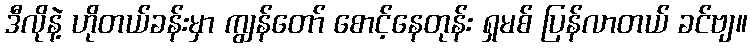
ဒီလိုနဲ့ ဟိုတယ်ခန်းမှာ ကျွန်တော် စောင့်နေတုန်း ရှမစ် ပြန်လာတယ် ခင်ဗျ။